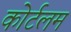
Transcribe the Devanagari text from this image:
कोर्टलम